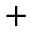
+